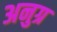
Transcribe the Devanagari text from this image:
अनुग्र